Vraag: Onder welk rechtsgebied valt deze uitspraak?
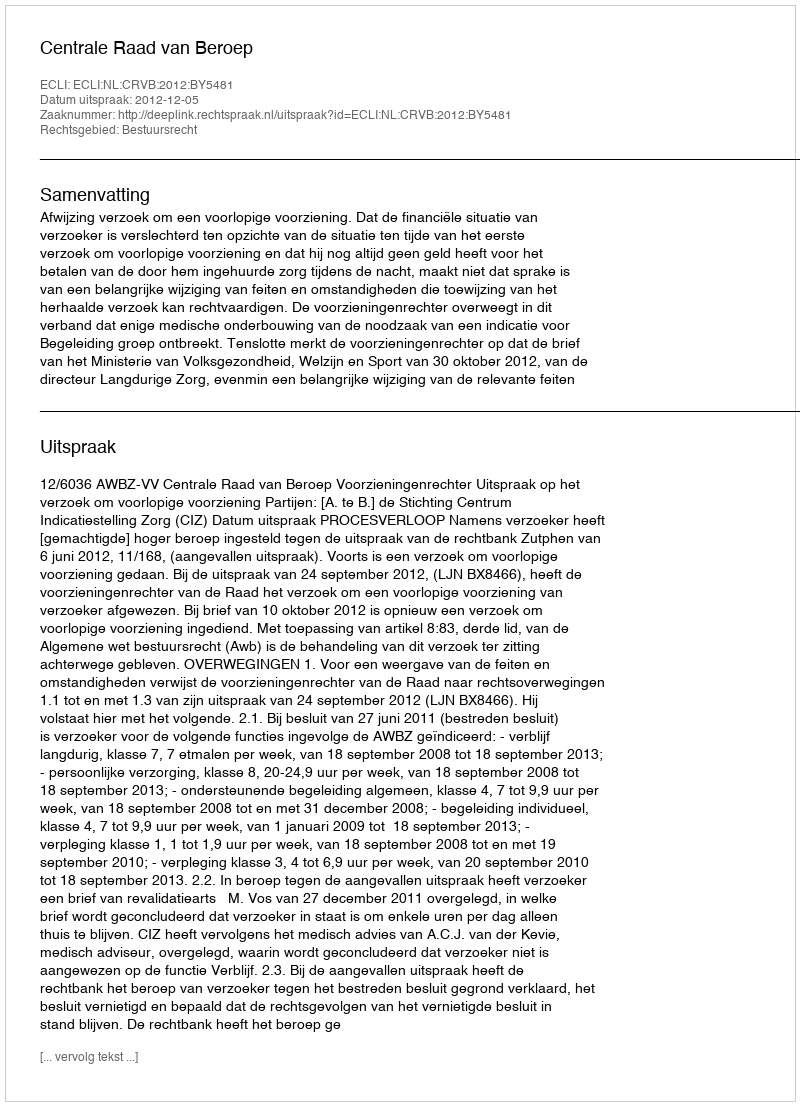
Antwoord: Bestuursrecht